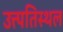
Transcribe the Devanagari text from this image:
उत्त्पतिस्थल